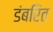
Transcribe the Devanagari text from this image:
डंबरित